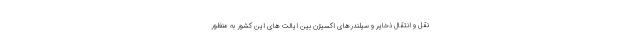
نقل و انتقال ذخایر و سیلندرهای اکسیژن بین ایالت های این کشور به منظور